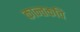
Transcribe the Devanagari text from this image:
कान्तकवि